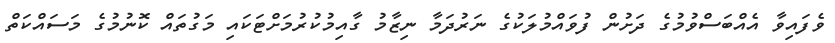
ވެފައިވާ އެއްބަސްވުމުގެ ދަށުން ފުވައްމުލަކުގެ ނަރުދަމާ ނިޒާމު ގާއިމުކުރުމަށްޓަކައި މަގުތައް ކޮނުމުގެ މަސައްކަތް